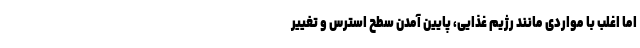
اما اغلب با مواردی مانند رژیم غذایی، پایین آمدن سطح استرس و تغییر